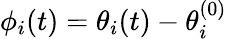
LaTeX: \phi_{i}(t)=\theta_{i}(t)-\theta_{i}^{(0)}